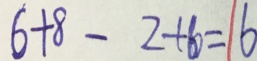
6 + 8 - 2 + 6 = 6